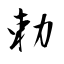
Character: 勅